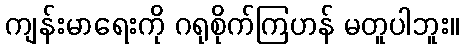
ကျန်းမာရေးကို ဂရုစိုက်ကြဟန် မတူပါဘူး။